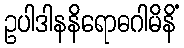
ဥပါဒါနနိရောဓဂါမိနိံ